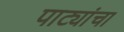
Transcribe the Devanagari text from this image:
पाट्यांचा